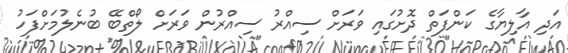
އަދި އާލިޔާގެ ކަންފަތް ދޮށުގައި ވަރަށް ސިއްރު ސިއްރުން ވަރަށް ލޯތްބޭ ބުނެލުމަށްފަހު